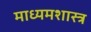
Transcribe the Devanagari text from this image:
माध्यमशास्त्र